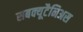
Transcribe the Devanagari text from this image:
सबक्यूटैनिअस